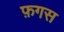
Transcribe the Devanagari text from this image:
फ़गस